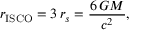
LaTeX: r _ { \mathrm { { I S C O } } } = 3 \, r _ { s } = { \frac { 6 \, G M } { c ^ { 2 } } } ,